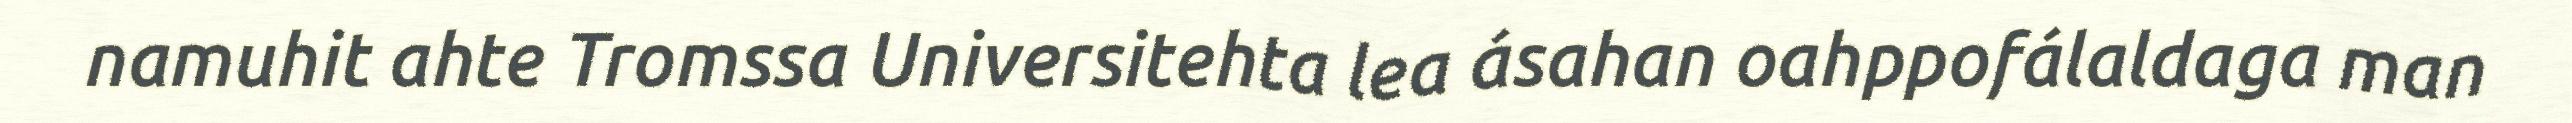
namuhit ahte Tromssa Universitehta lea ásahan oahppofálaldaga man